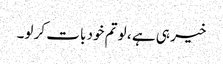
خیر ہی ہے ، لو تم خود بات کر لو۔